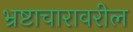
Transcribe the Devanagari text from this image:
भ्रष्टाचारावरील